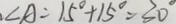
. \angle A = 1 5 ^ { \circ } + 1 5 ^ { \circ } = 3 0 ^ { \circ }